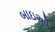
બાઇઓ